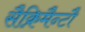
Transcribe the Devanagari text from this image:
सैक्रिमैन्टौ